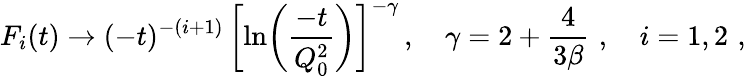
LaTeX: F_{i}(t)\to(-t)^{-(i+1)}\, \biggl[\ln\biggl(\frac{-t}{Q_{0}^{2}}\biggr)\biggr]^{-\gamma}\, ,\quad\gamma=2+\frac{4}{3\beta}\, \, ,\quad i=1,2\, \, ,